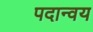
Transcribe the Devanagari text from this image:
पदान्वय